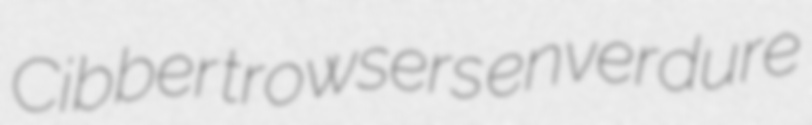
Cibber trowsers enverdure